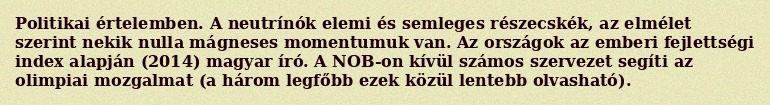
Politikai értelemben. A neutrínók elemi és semleges részecskék, az elmélet szerint nekik nulla mágneses momentumuk van. Az országok az emberi fejlettségi index alapján (2014) magyar író. A NOB-on kívül számos szervezet segíti az olimpiai mozgalmat (a három legfőbb ezek közül lentebb olvasható).